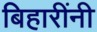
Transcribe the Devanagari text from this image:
बिहारींनी